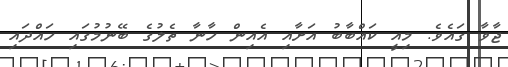
ޖާވާ ގައެވެ. މިއީ ކައްބާބު އަށާއި އެއިން ހާނާ ތެލުގެ ބޭނުމުގައި ހައްދައި